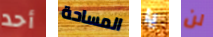
أحد المساحة يا لن